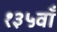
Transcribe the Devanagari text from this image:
१३५वाँ